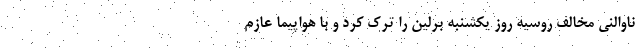
ناوالنی مخالف روسیه روز یکشنبه برلین را ترک کرد و با هواپیما عازم